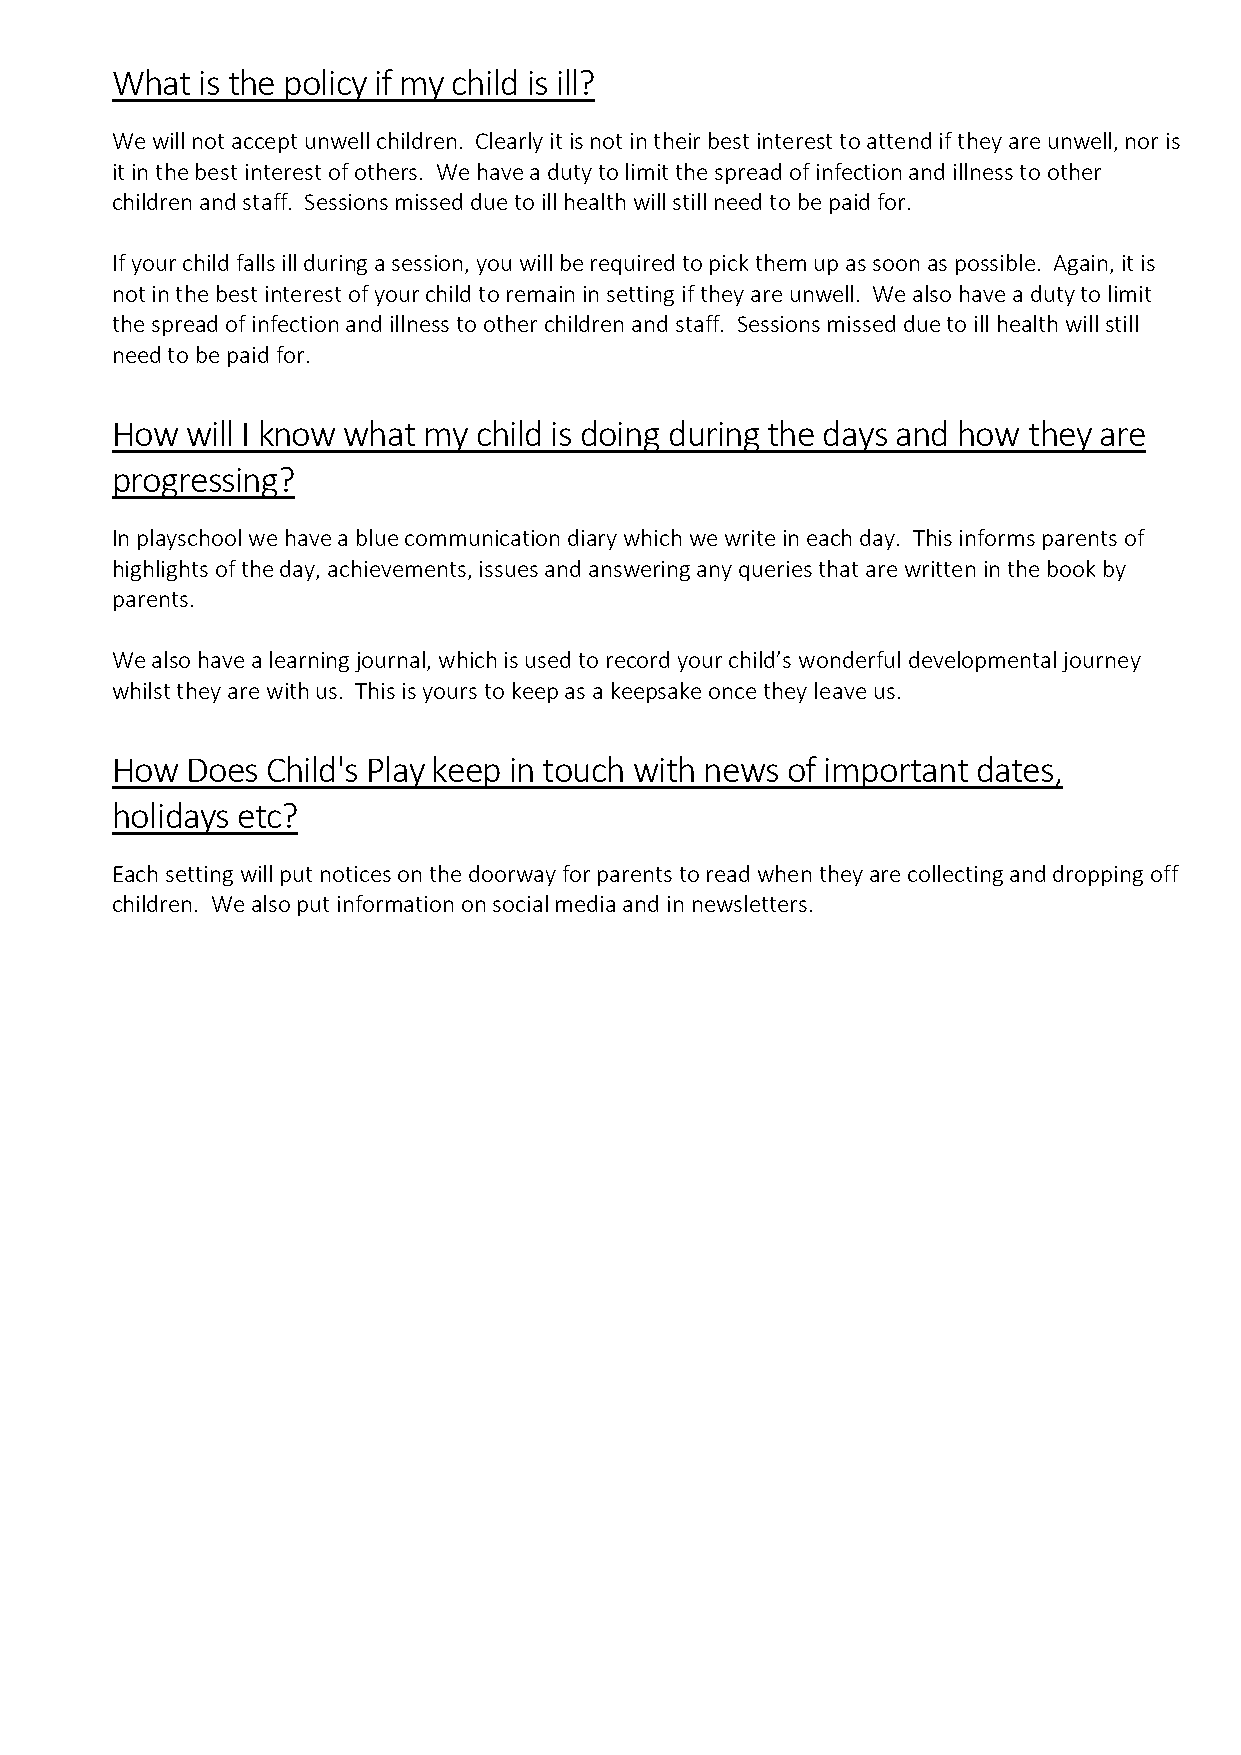
What  is the policy if my child is ill?
 We will not accept unwell children. Clearly it is not in their best interest to attend if they are unwell, nor is
 it in the best interest of others. We have a duty to limit the spread of infection and illness to other
 children and staff. Sessions missed due to ill health will still need to be paid for.
 If your child falls ill during a session, you will be required to pick them up as soon as possible. Again, it is
 not in the best interest of your child to remain in setting if they are unwell. We also have a duty to limit
 the spread of infection and illness to other children and staff. Sessions missed due to ill health will still
 need to be paid for.
 How  will I know what my child is doing during the days and how they are
 progressing?
 In playschool we have a blue communication diary which we write in each day. This informs parents of
 highlights of the day, achievements, issues and answering any queries that are written in the book by
 parents.
 We also have a learning journal, which is used to record your child’s wonderful developmental journey
 whilst they are with us. This is yours to keep as a keepsake once they leave us.
 How  Does  Child's Play keep in touch with news of important dates,
 holidays etc?
 Each setting will put notices on the doorway for parents to read when they are collecting and dropping off
 children. We also put information on social media and in newsletters.